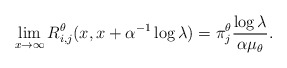
\begin{align*}\lim_{x\to\infty}R^\theta_{i,j}(x, x+ \alpha^{-1}\log \lambda) = \pi^\theta_j\frac{\log \lambda}{\alpha\mu_\theta}.\end{align*}